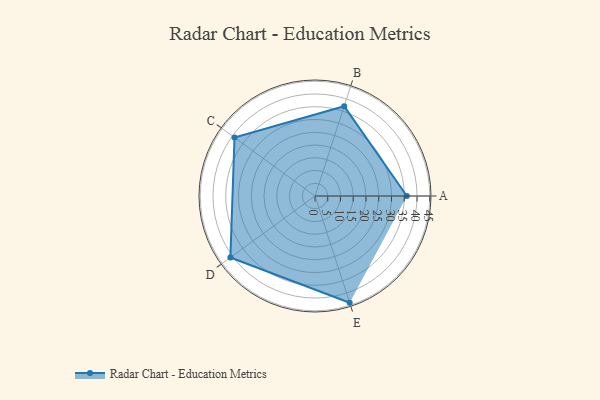
{"axis": {"x": "Skill", "y": "Score"}, "legend": ["Profile"], "data": [{"x": "A", "y": 36.0, "type": "Profile"}, {"x": "B", "y": 37.0, "type": "Profile"}, {"x": "C", "y": 39.0, "type": "Profile"}, {"x": "D", "y": 41.0, "type": "Profile"}, {"x": "E", "y": 44.0, "type": "Profile"}]}